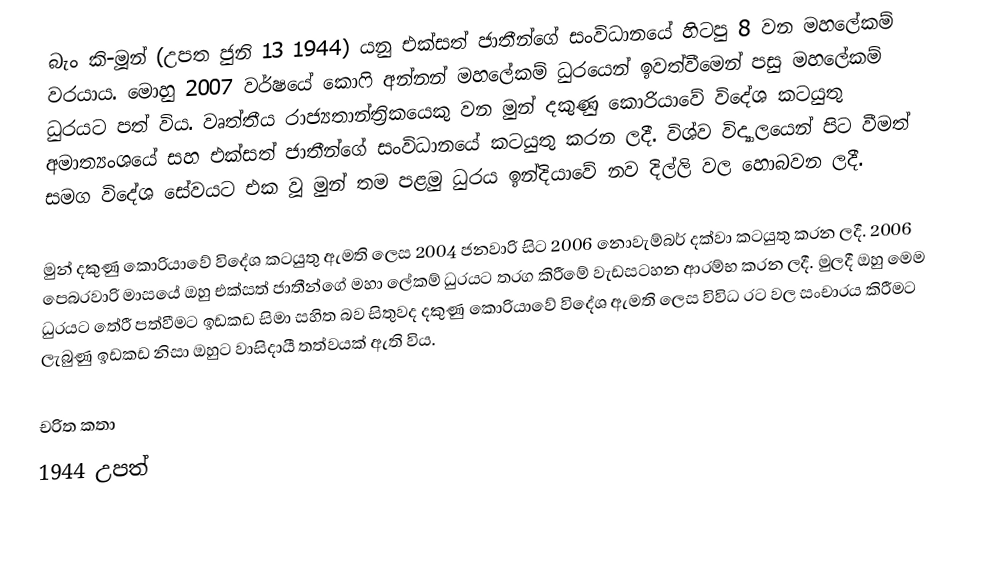
බැං කි-මූන් (උපත ජුනි 13 1944) යනු එක්සත් ජාතීන්ගේ සංවිධානයේ හිටපු 8 වන මහලේකම් වරයාය. මොහු 2007 වර්ෂයේ කොෆි අන්නන් මහලේකම් ධුරයෙන් ඉවත්වීමෙන් පසු මහලේකම් ධුරයට පත් විය. වෘත්තීය රාජ්‍යතාන්ත්‍රිකයෙකු වන මුන් දකුණු කොරියාවේ විදේශ කටයුතු අමාත්‍යංශයේ සහ එක්සත් ජාතීන්ගේ සංවිධානයේ කටයුතු කරන ලදී. විශ්ව විද්‍යාලයෙන් පිට වීමත් සමග විදේශ සේවයට එක වූ මුන් තම පළමු ධුරය ඉන්දියාවේ නව දිල්ලි වල හොබවන ලදී.

මුන් දකුණු කොරියාවේ විදේශ කටයුතු ඇමති ලෙස 2004 ජනවාරි සිට 2006 නොවැම්බර් දක්වා කටයුතු කරන ලදී. 2006 පෙබරවාරි මාසයේ ඔහු එක්සත් ජාතීන්ගේ මහා ලේකම් ධුරයට තරග කිරීමේ වැඩසටහන ආරම්භ කරන ලදී. මුලදී ඔහු මෙම ධුරයට තේරී පත්වීමට ඉඩකඩ සිමා සහිත බව සිතුවද දකුණු කොරියාවේ විදේශ ඇමති ලෙස විවිධ රට වල සංචාරය කිරීමට ලැබුණු ඉඩකඩ නිසා ඔහුට වාසිදායී තත්වයක් ඇති විය.

චරිත කතා
1944 උපත්